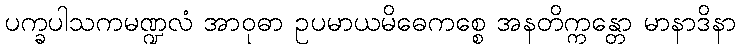
ပက္ခပါသကမဏ္ဍလံ အာဝုဓာ ဥပမာယမိဓေကစ္စေ အနတိက္ကန္တော မာနာဒိနာ